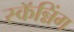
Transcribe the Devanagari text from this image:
स्कॅन्निंग